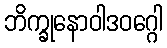
ဘိက္ခုနောဝါဒဝဂ္ဂေါ